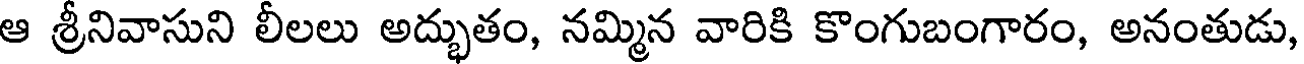
ఆ శ్రీనివాసుని లీలలు అద్భుతం, నమ్మిన వారికి కొంగుబంగారం, అనంతుడు,